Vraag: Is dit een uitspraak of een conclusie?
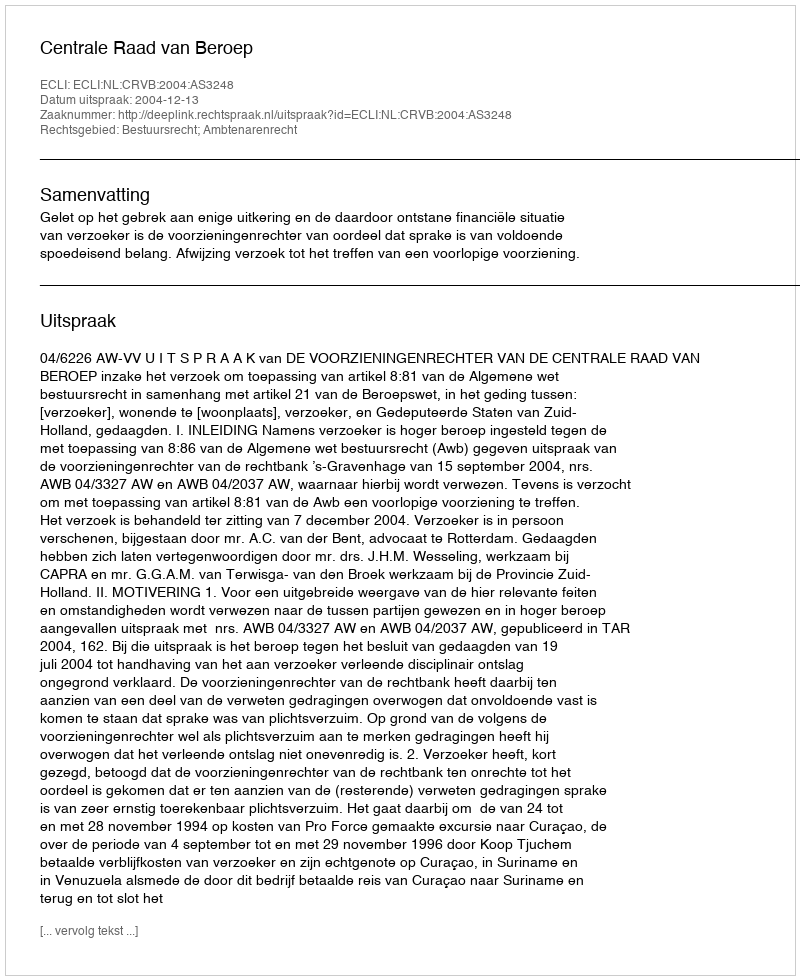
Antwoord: Uitspraak